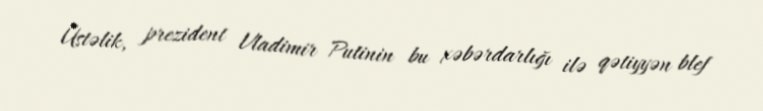
Üstəlik, prezident Vladimir Putinin bu xəbərdarlığı ilə qətiyyən blef